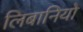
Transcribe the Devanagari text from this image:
लिबानियो